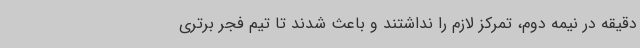
دقیقه در نیمه دوم، تمرکز لازم را نداشتند و باعث شدند تا تیم فجر برتری